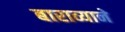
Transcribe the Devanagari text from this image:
बाराव्याने